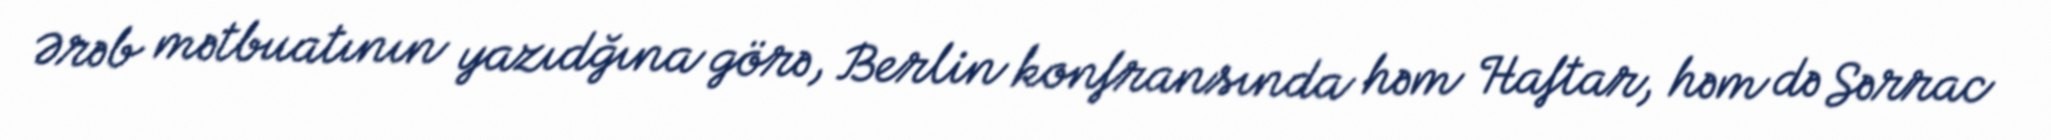
Ərəb mətbuatının yazıdğına görə, Berlin konfransında həm Haftar, həm də Sərrac